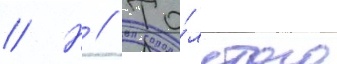
// Н // То́лстого